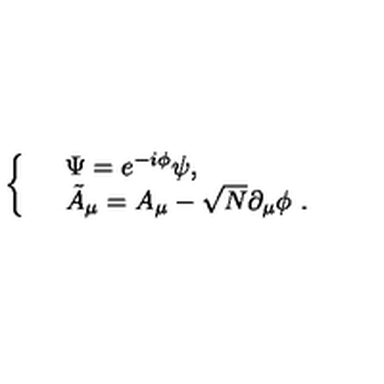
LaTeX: \left\{ \begin{array} { l l } { } & { \Psi = e ^ { - i \phi } \psi , \ } \\ { } & { \tilde { A } _ { \mu } = A _ { \mu } - \sqrt { N } \partial _ { \mu } \phi \ . \ } \\ \end{array} \right.